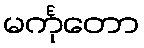
မင်္ကုတော